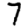
Digit: 7